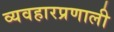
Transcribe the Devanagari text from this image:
व्यवहारप्रणाली